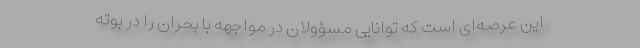
این عرصه‌ای است که توانایی مسؤولان در مواجهه با بحران را در بوته